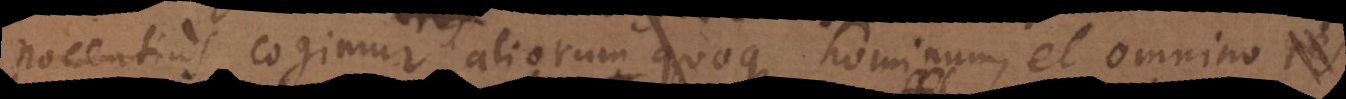
nocentius cogimur aliorum quoque hominum, et omnino res